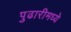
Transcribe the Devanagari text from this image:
पुढारीमध्ये